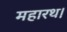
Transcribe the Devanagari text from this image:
महारथ।